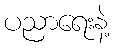
ပညာရေးနဲ့